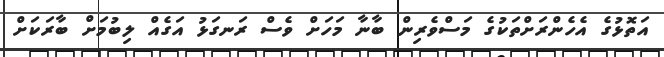
އަތޮޅުގެ އެހެންރަށްތަކުގެ މަސްވެރިން ބާނާ މަހަށް ވެސް ރަނގަޅު އަގެއް ލިބުމަށް ބާރަކަށް